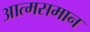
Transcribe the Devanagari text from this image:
आत्मसमान